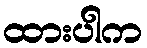
ထားပါက